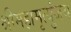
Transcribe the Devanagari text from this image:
श्रीमहामृत्युंजय